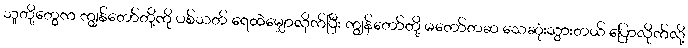
သူတို့တွေက ကျွန်တော်တို့ကို ပစ်သတ် ရေထဲမျှောလိုက်ပြီး ကျွန်တော်တို့ မတော်တဆ သေဆုံးသွားတယ် ပြောလိုက်လို့